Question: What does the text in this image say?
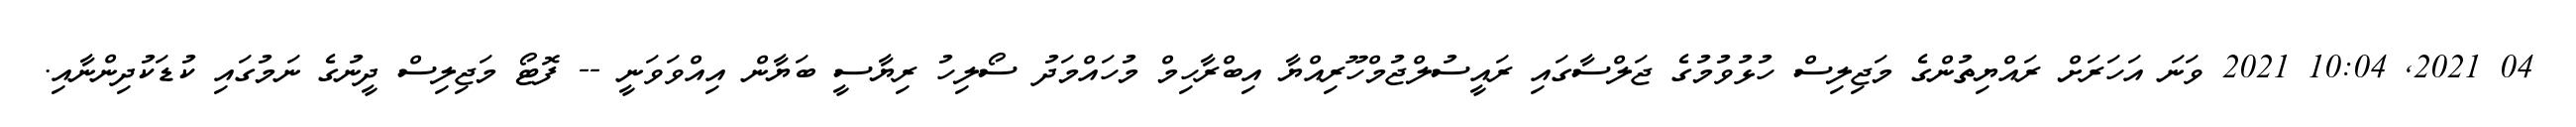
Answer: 04 2021, 10:04 2021 ވަނަ އަހަރަށް ރައްޔިތުންގެ މަޖިލިސް ހުޅުވުމުގެ ޖަލްސާގައި ރައީސުލްޖުމްހޫރިއްޔާ އިބްރާހިމް މުހައްމަދު ސޯލިހު ރިޔާސީ ބަޔާން އިއްވަވަނީ -- ފޮޓޯ މަޖިލިސް ދީނުގެ ނަމުގައި ކުޑަކުދިންނާއި.